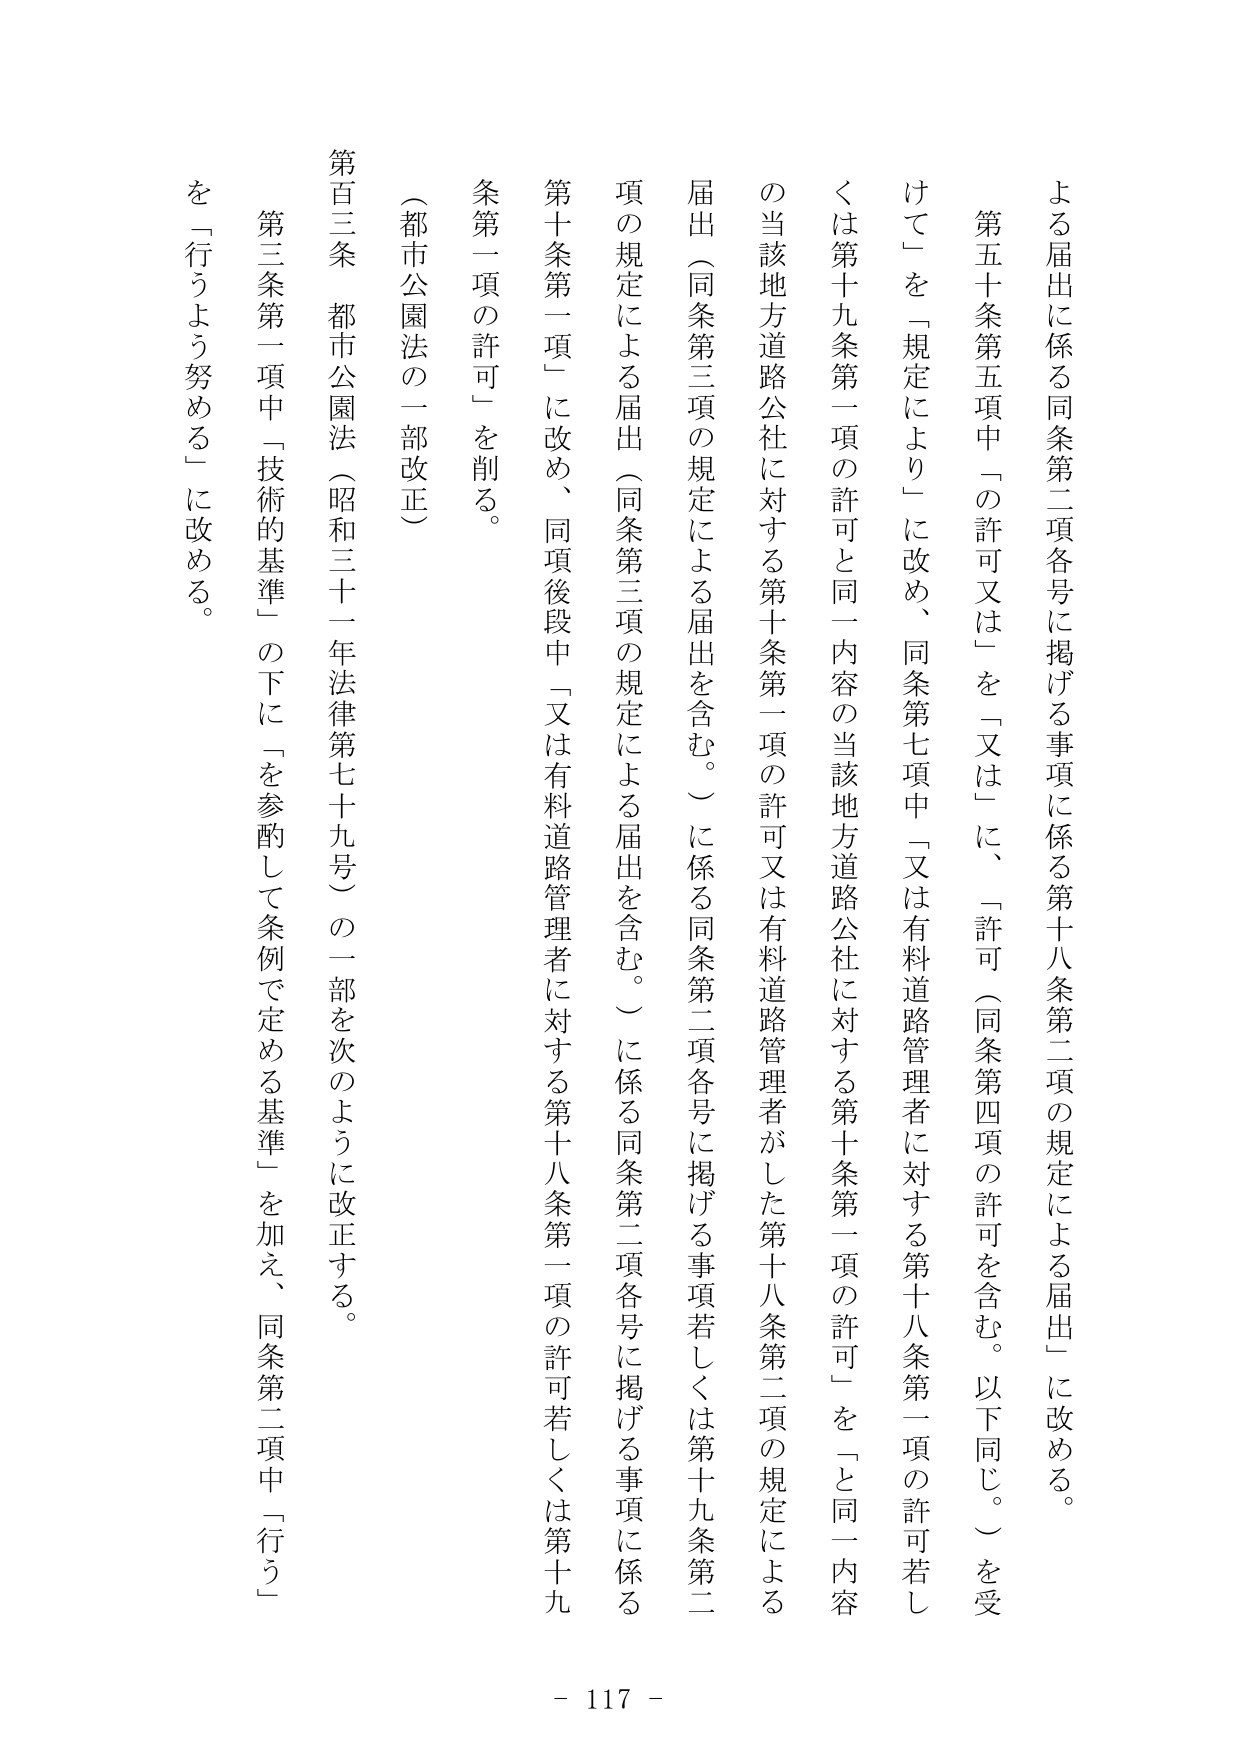
よる届出に係る同条第二項各号に掲げる事項に係る第十八条第二項の規定による届出」に改める。

第五十条第五項中「の許可又は」を「又は」に、「許可（同条第四項の許可を含む。以下同じ。）を受けて」を「規定により」に改め、同条第七項中「又は有料道路管理者に対する第十八条第一項の許可若しくは第十九条第一項の許可と同一内容の当該地方道路公社に対する第十条第一項の許可又は有料道路管理者がした第十八条第二項の規定による届出（同条第三項の規定による届出を含む。）に係る同条第二項各号に掲げる事項若しくは第十九条第二項の規定による届出（同条第三項の規定による届出を含む。）に係る同条第二項各号に掲げる事項に係る第十条第一項」に改め、同項後段中「又は有料道路管理者に対する第十八条第一項の許可若しくは第十九条第一項の許可」を削る。

（都市公園法の一部改正）

第百三条 都市公園法（昭和三十一年法律第七十九号）の一部を次のように改正する。

第三条第一項中「技術的基準」の下に「を参酌して条例で定める基準」を加え、同条第二項中「行う」を「行うよう努める」に改める。

- 117 -